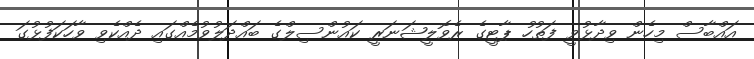
އައްބާސް މިހެން ވިދާޅުވީ ފަތުހު ޕާޓީގެ ރެވޮލީޝަނަރީ ކައުންސިލްގެ ބައްދަލުވުމެއްގައި ދެއްކެވި ވާހަކަފުޅުގަ